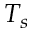
T _ { s }